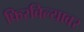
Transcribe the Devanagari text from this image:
फिरविल्यावर